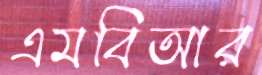
এমবিআর